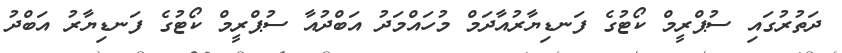
ދަތުރުގައި ސުޕްރީމް ކޯޓުގެ ފަނޑިޔާރުއާދަމް މުހައްމަދު އަބްދުއާ ސުޕްރީމް ކޯޓުގެ ފަނޑިޔާރު އަބްދު